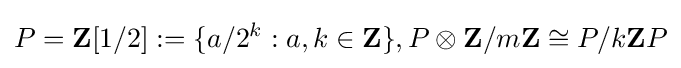
P=\mathbf {Z} [1/2]:=\{a/2^{k}:a,k\in \mathbf {Z} \},P\otimes \mathbf {Z} /m\mathbf {Z} \cong P/k\mathbf {Z} P